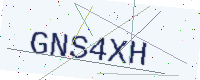
Text: GNS4XH